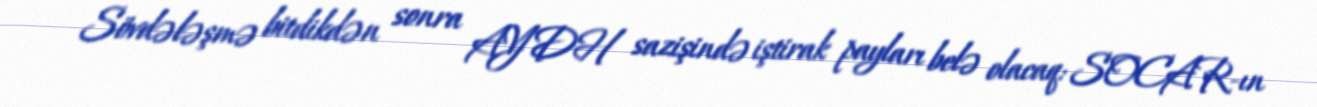
Sövdələşmə bitdikdən sonra AYDH sazişində iştirak payları belə olacaq: SOCAR-ın